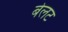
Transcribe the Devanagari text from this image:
बेलट